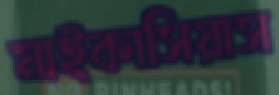
মাইকাসিয়াস